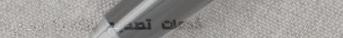
خدمات تصميم وتنفيذ الحدائ